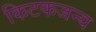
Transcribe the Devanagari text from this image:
किटकजन्य